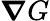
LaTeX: \boldsymbol{\nabla}G